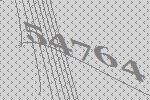
54764